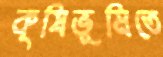
কৃষিভূমিতে